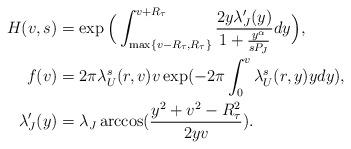
LaTeX: \begin{align*}H(v, s) &= \exp\Big( \int_{\max\{v - R_{\tau}, R_{\tau}\}}^{v + R_{\tau}} \frac{2 y\lambda_J'(y)}{1 + \frac{y^{\alpha}}{s P_J}} dy \Big),\\f(v) &= 2 \pi \lambda_U^s(r, v) v \exp(-2\pi \int_{0}^{v} \lambda_U^s(r, y) y dy),\\\lambda_J'(y) &= \lambda_J\arccos(\frac{y^2 + v^2 - R_{\tau}^2}{2 y v}).\end{align*}